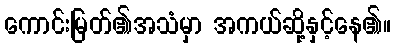
ကောင်းမြတ်၏အသံမှာ အကယ်ဆို့နှင့်နေ၏။